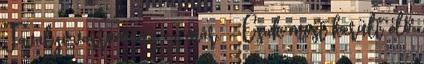
Tavalyi varromány ez már. - Csak most került elő